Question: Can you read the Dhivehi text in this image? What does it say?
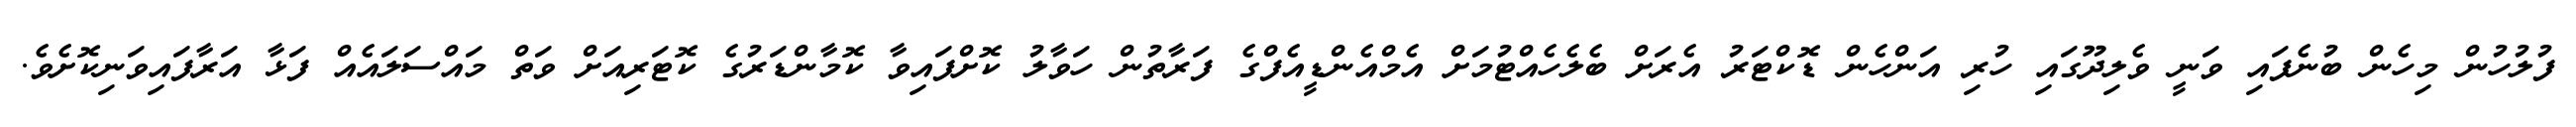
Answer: ފުލުހުން މިހެން ބުނެފައި ވަނީ ވެލިދޫގައި ހުރި އަންހެން ޑޮކްޓަރު އެރަށް ބެލެހެއްޓުމަށް އެމްއެންޑީއެފްގެ ފަރާތުން ހަވާލު ކޮށްފައިވާ ކޮމާންޑަރުގެ ކޮޓަރިއަށް ވަތް މައްސަލައެއް ފަޅާ އަރާފައިވަނިކޮށެވެ.